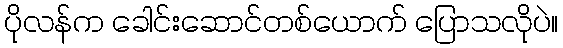
ပိုလန်က ခေါင်းဆောင်တစ်ယောက် ပြောသလိုပဲ။